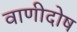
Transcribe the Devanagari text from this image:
वाणीदोष